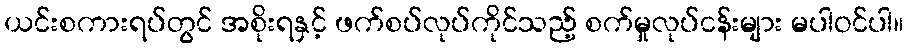
ယင်းစကားရပ်တွင် အစိုးရနှင့် ဖက်စပ်လုပ်ကိုင်သည့် စက်မှုလုပ်ငန်းများ မပါဝင်ပါ။